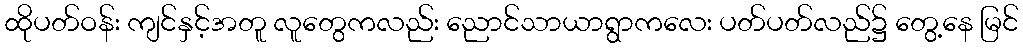
ထိုပတ်ဝန်း ကျင်နှင့်အတူ လူတွေကလည်း ညောင်သာယာရွာကလေး ပတ်ပတ်လည်၌ တွေ့နေ မြင်